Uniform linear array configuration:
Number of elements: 8
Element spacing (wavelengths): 0.75
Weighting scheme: hamming
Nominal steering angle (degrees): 15
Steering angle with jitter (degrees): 14.681
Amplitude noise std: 0.05
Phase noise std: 0.05

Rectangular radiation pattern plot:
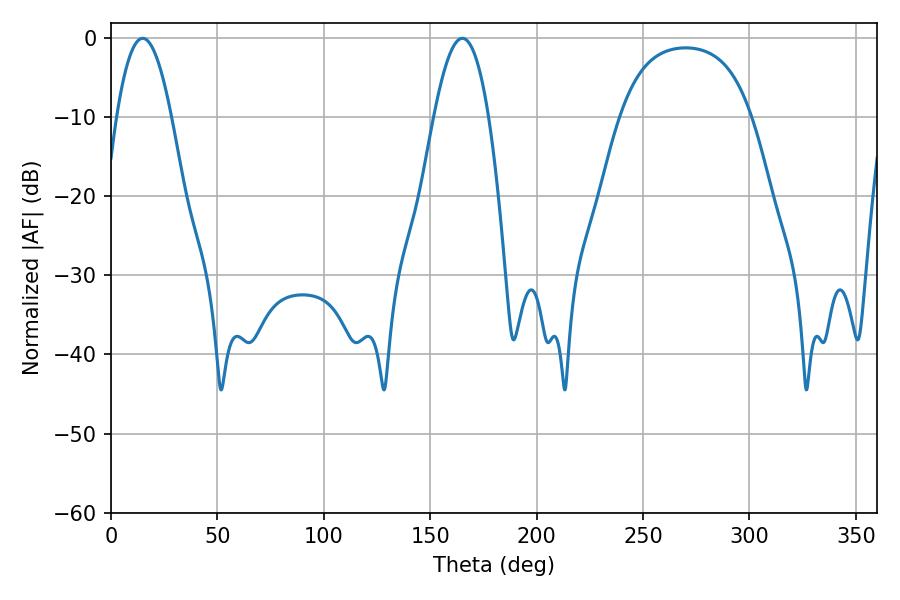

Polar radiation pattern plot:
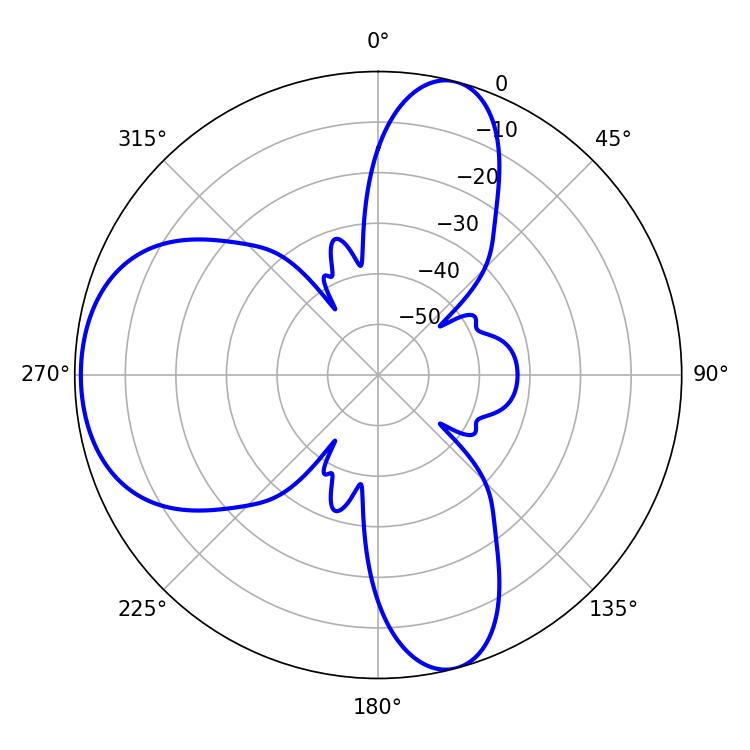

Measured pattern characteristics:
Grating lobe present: TRUE
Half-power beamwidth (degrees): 14.04
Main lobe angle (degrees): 14.94